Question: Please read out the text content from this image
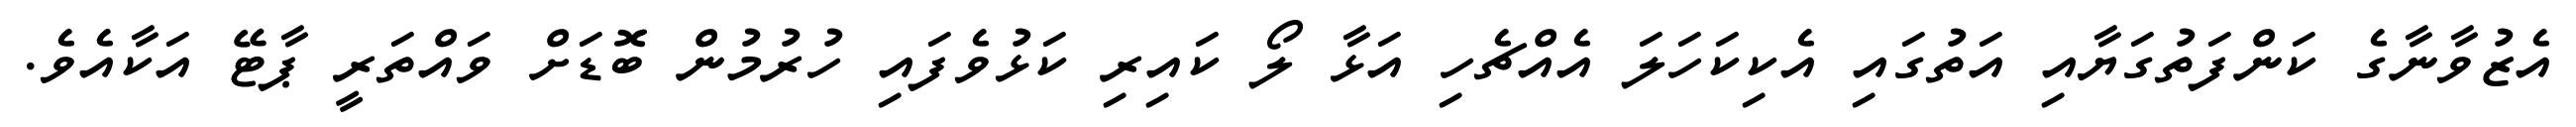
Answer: އެޒުވާނާގެ ކަންފަތުގަޔާއި އަތުގައި އެކިކަހަލަ އެއްޗެހި އަޅާ ލޯ ކައިރި ކަޅުވެފައި ހުރުމުން ބޮޑަށް ވައްތަރީ ޕާޓޭ އަކާއެވެ.